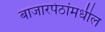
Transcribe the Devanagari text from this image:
बाजारपेठांमधील